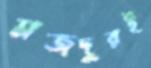
মজদুরই